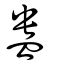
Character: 盎